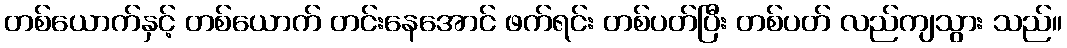
တစ်ယောက်နှင့် တစ်ယောက် တင်းနေအောင် ဖက်ရင်း တစ်ပတ်ပြီး တစ်ပတ် လည်ကျသွား သည်။